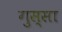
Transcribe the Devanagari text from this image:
गुस्‍सा